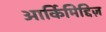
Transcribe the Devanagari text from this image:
आर्किमिद्दिज़